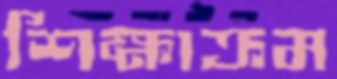
শিক্ষাক্রম